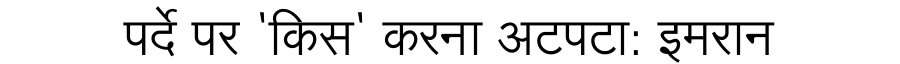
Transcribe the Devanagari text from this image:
पर्दे पर 'किस' करना अटपटा: इमरान